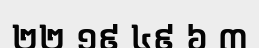
២២ ១៩ ៤៩ ៦ ៣